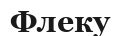
Флеку